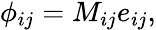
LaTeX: \begin{array}{r}{\phi_{ij}=M_{ij}e_{ij},}\end{array}